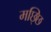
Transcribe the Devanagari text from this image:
मछ्छि